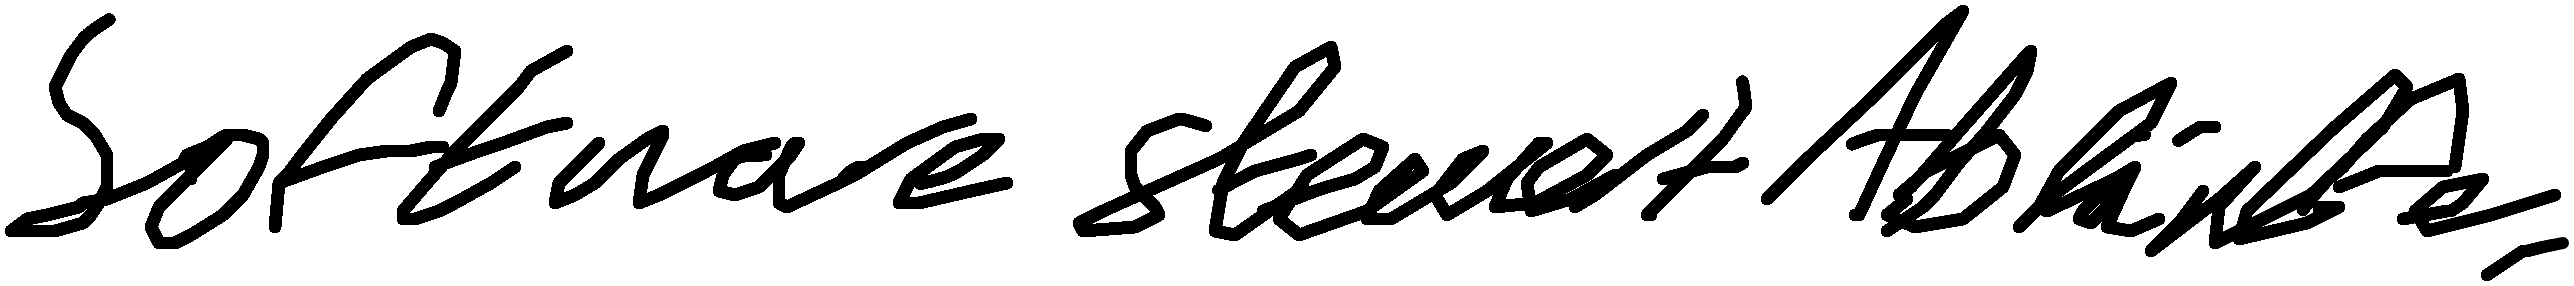
Software steuert Abläufe.